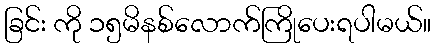
ခြင်း ကို ၁၅မိနစ်လောက်ကြိုပေးရပါမယ်။